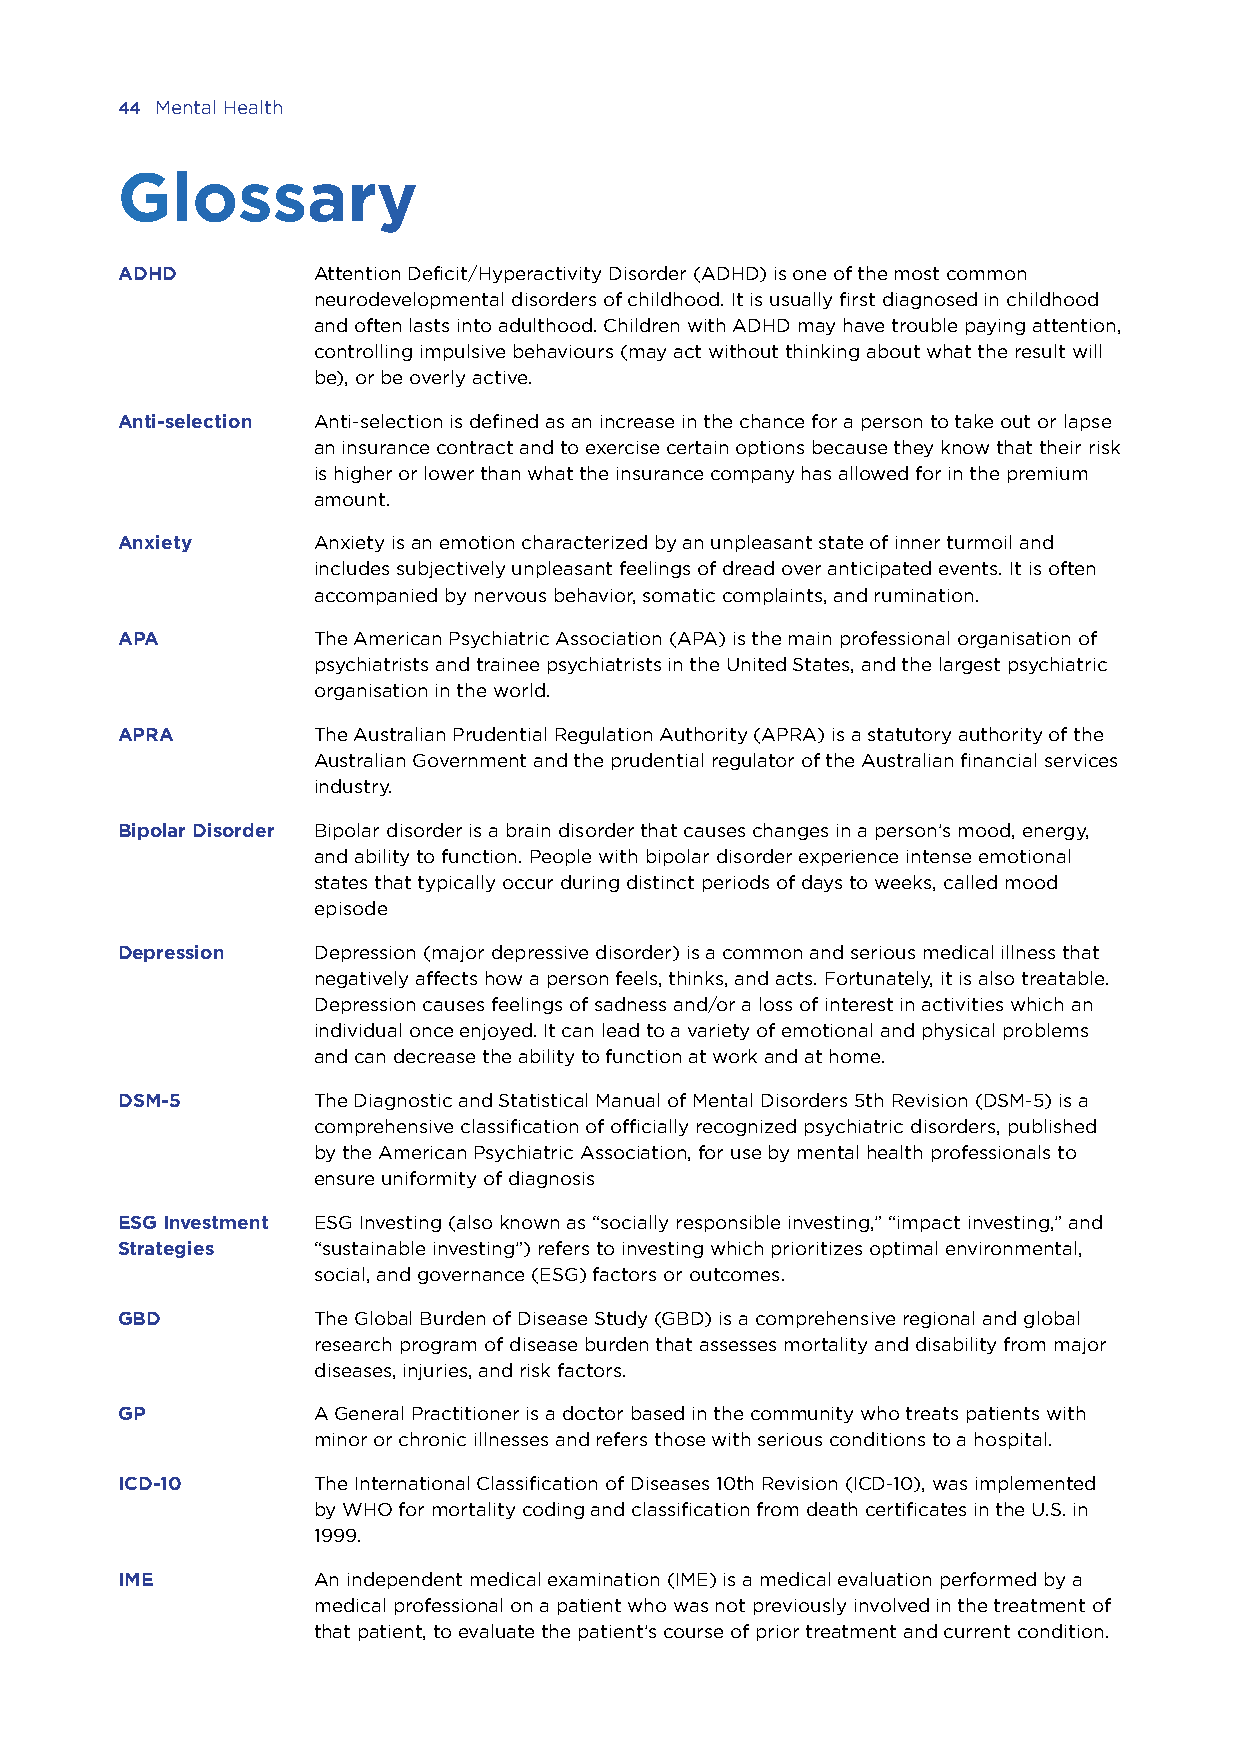
44 Mental Health
 Glossary
 ADHD         Attention Deficit/Hyperactivity Disorder (ADHD) is one of the most common
 neurodevelopmental disorders of childhood. It is usually first diagnosed in childhood
 and often lasts into adulthood. Children with ADHD may have trouble paying attention,
 controlling impulsive behaviours (may act without thinking about what the result will
 be), or be overly active.
 Anti-selection A nti-selection is defined as an increase in the chance for a person to take out or lapse
 an insurance contract and to exercise certain options because they know that their risk
 is higher or lower than what the insurance company has allowed for in the premium
 amount.
 Anxiety      Anxiety is an emotion characterized by an unpleasant state of inner turmoil and
 includes subjectively unpleasant feelings of dread over anticipated events. It is often
 accompanied by nervous behavior, somatic complaints, and rumination.
 APA          The American Psychiatric Association (APA) is the main professional organisation of
 psychiatrists and trainee psychiatrists in the United States, and the largest psychiatric
 organisation in the world.
 APRA         The Australian Prudential Regulation Authority (APRA) is a statutory authority of the
 Australian Government and the prudential regulator of the Australian financial services
 industry.
 Bipolar Disorder B ipolar disorder is a brain disorder that causes changes in a person’s mood, energy,
 and ability to function. People with bipolar disorder experience intense emotional
 states that typically occur during distinct periods of days to weeks, called mood
 episode
 Depression   D epression (major depressive disorder) is a common and serious medical illness that
 negatively affects how a person feels, thinks, and acts. Fortunately, it is also treatable.
 Depression causes feelings of sadness and/or a loss of interest in activities which an
 individual once enjoyed. It can lead to a variety of emotional and physical problems
 and can decrease the ability to function at work and at home.
 DSM-5        The Diagnostic and Statistical Manual of Mental Disorders 5th Revision (DSM-5) is a
 comprehensive classification of officially recognized psychiatric disorders, published
 by the American Psychiatric Association, for use by mental health professionals to
 ensure uniformity of diagnosis
 ESG Investment ESG Investing (also known as “socially responsible investing,” “impact investing,” and
 Strategies   “sustainable investing”) refers to investing which prioritizes optimal environmental,
 social, and governance (ESG) factors or outcomes.
 GBD          The Global Burden of Disease Study (GBD) is a comprehensive regional and global
 research program of disease burden that assesses mortality and disability from major
 diseases, injuries, and risk factors.
 GP           A General Practitioner is a doctor based in the community who treats patients with
 minor or chronic illnesses and refers those with serious conditions to a hospital.
 ICD-10       The International Classification of Diseases 10th Revision (ICD-10), was implemented
 by WHO for mortality coding and classification from death certificates in the U.S. in
 1999.
 IME          An independent medical examination (IME) is a medical evaluation performed by a
 medical professional on a patient who was not previously involved in the treatment of
 that patient, to evaluate the patient’s course of prior treatment and current condition.